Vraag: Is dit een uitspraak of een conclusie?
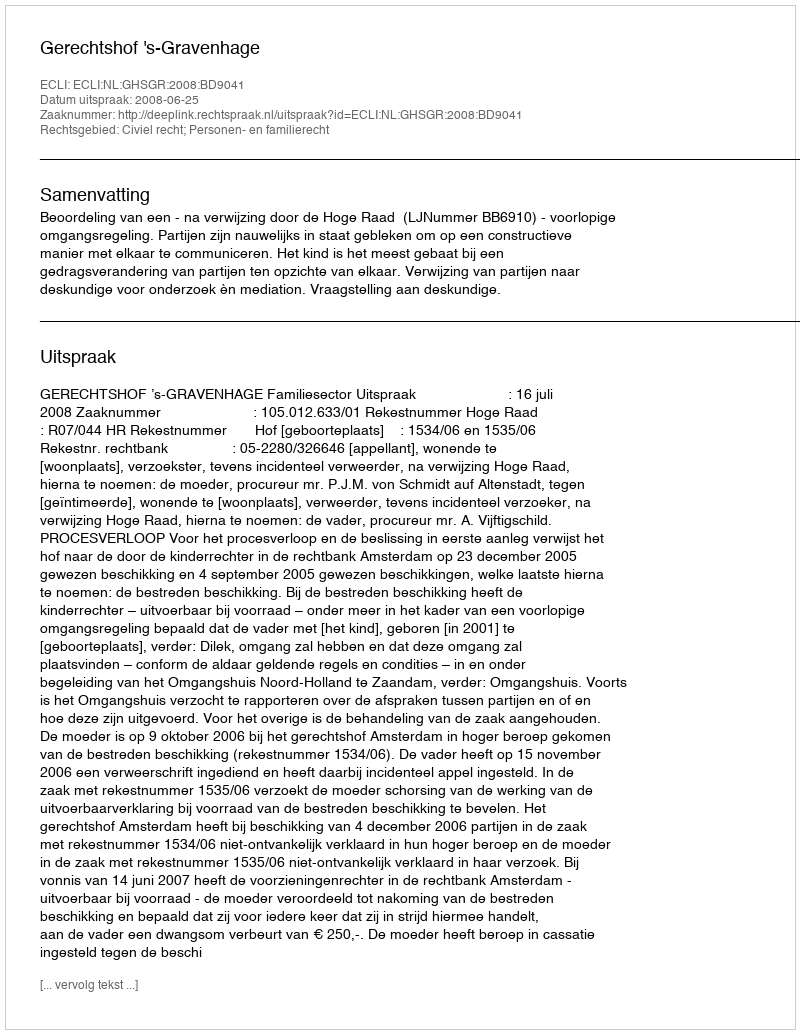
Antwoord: Uitspraak